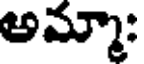
అమ్మా: